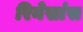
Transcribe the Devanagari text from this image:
रिनेसांस